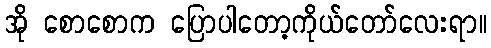
အို စောစောက ပြောပါတော့ကိုယ်တော်လေးရာ။